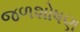
જળશોષણ